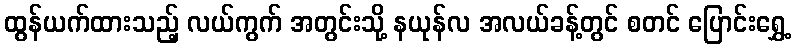
ထွန်ယက်ထားသည့် လယ်ကွက် အတွင်းသို့ နယုန်လ အလယ်ခန့်တွင် စတင် ပြောင်းရွှေ့